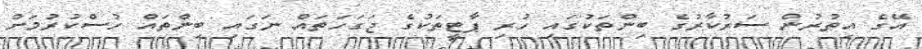
އޭގެ އިތުރުން ސަރުކާރުގެ ބިންތަކުގައި ހުރި ޕާޓީތަކުގެ ޖަގަހަތައް ނަގައި ބިންތައް ހުސްކުރުމަށް